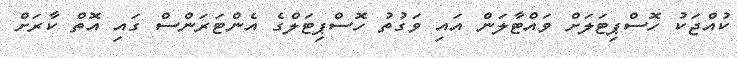
ކުއްޖަކު ހޮސްޕިޓަލަށް ވައްޓާލަން އައި ވަގުތު ހޮސްޕިޓަލްގެ އެންޓަރަންސް ގައި އޮތް ކާރަށް